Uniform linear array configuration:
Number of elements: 24
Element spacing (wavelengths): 0.75
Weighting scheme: hamming
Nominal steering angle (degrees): -30
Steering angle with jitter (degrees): -31.873
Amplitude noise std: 0.05
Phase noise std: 0.05

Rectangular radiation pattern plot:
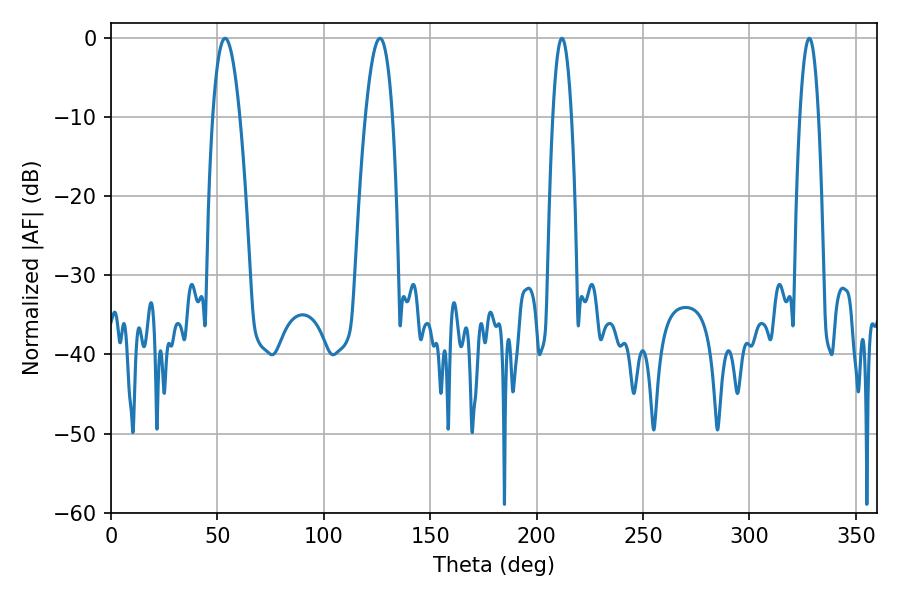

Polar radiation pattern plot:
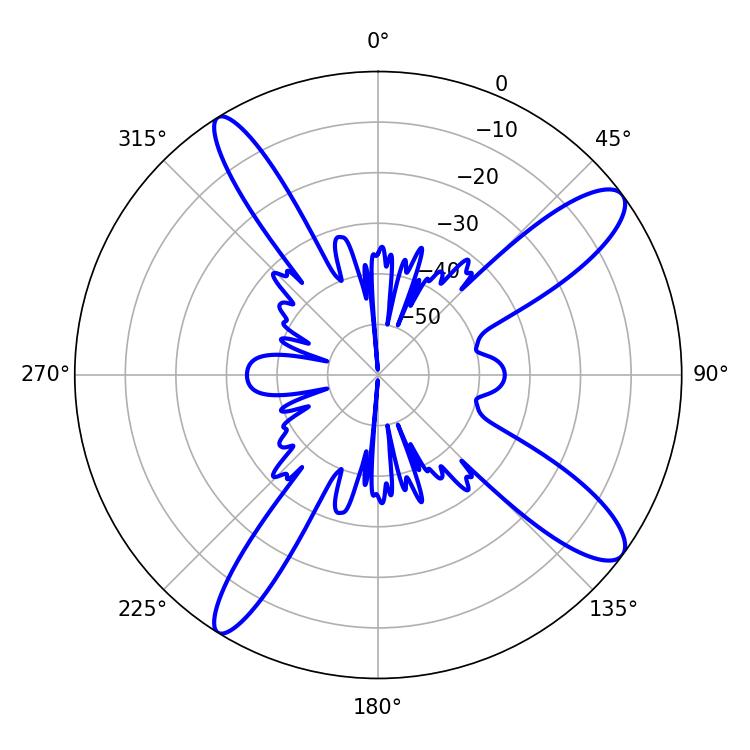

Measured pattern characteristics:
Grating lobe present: TRUE
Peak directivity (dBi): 12.353
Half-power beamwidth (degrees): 7.02
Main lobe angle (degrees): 53.64